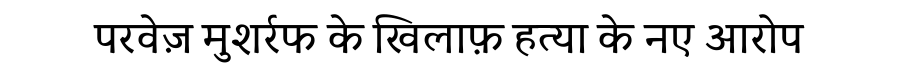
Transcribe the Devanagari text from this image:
परवेज़ मुशर्रफ के खिलाफ़ हत्या के नए आरोप